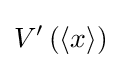
V'\left(\left\langle x\right\rangle \right)